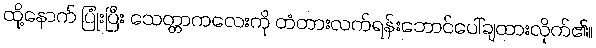
ထို့နောက် ပြုံးပြီး သေတ္တာကလေးကို တံတားလက်ရန်းဘောင်ပေါ်ချထားလိုက်၏။